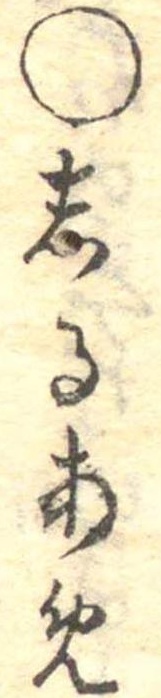
○しるあめ